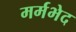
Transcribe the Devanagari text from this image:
मर्मभेद